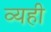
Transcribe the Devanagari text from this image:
व्यही